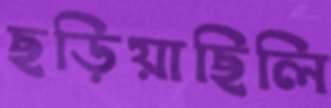
ছড়িয়াছিলি